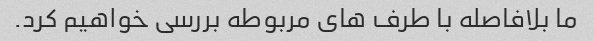
ما بلافاصله با طرف های مربوطه بررسی خواهیم کرد.